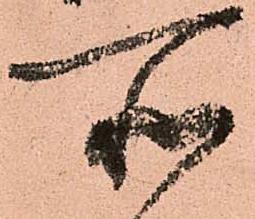
所